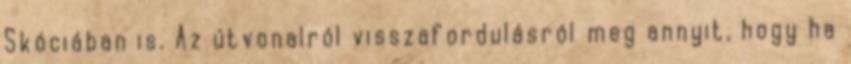
Skóciában is. Az útvonalról visszafordulásról meg annyit, hogy ha